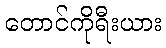
တောင်ကိုရီးယား